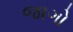
જાગો